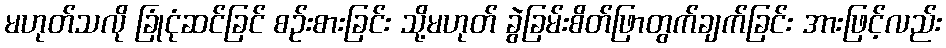
မဟုတ်သလို ခြုံငုံဆင်ခြင် စဉ်းစားခြင်း သို့မဟုတ် ခွဲခြမ်းစိတ်ဖြာတွက်ချက်ခြင်း အားဖြင့်လည်း